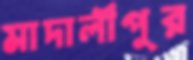
মাদালীপুর